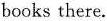
books there.